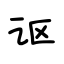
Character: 讴